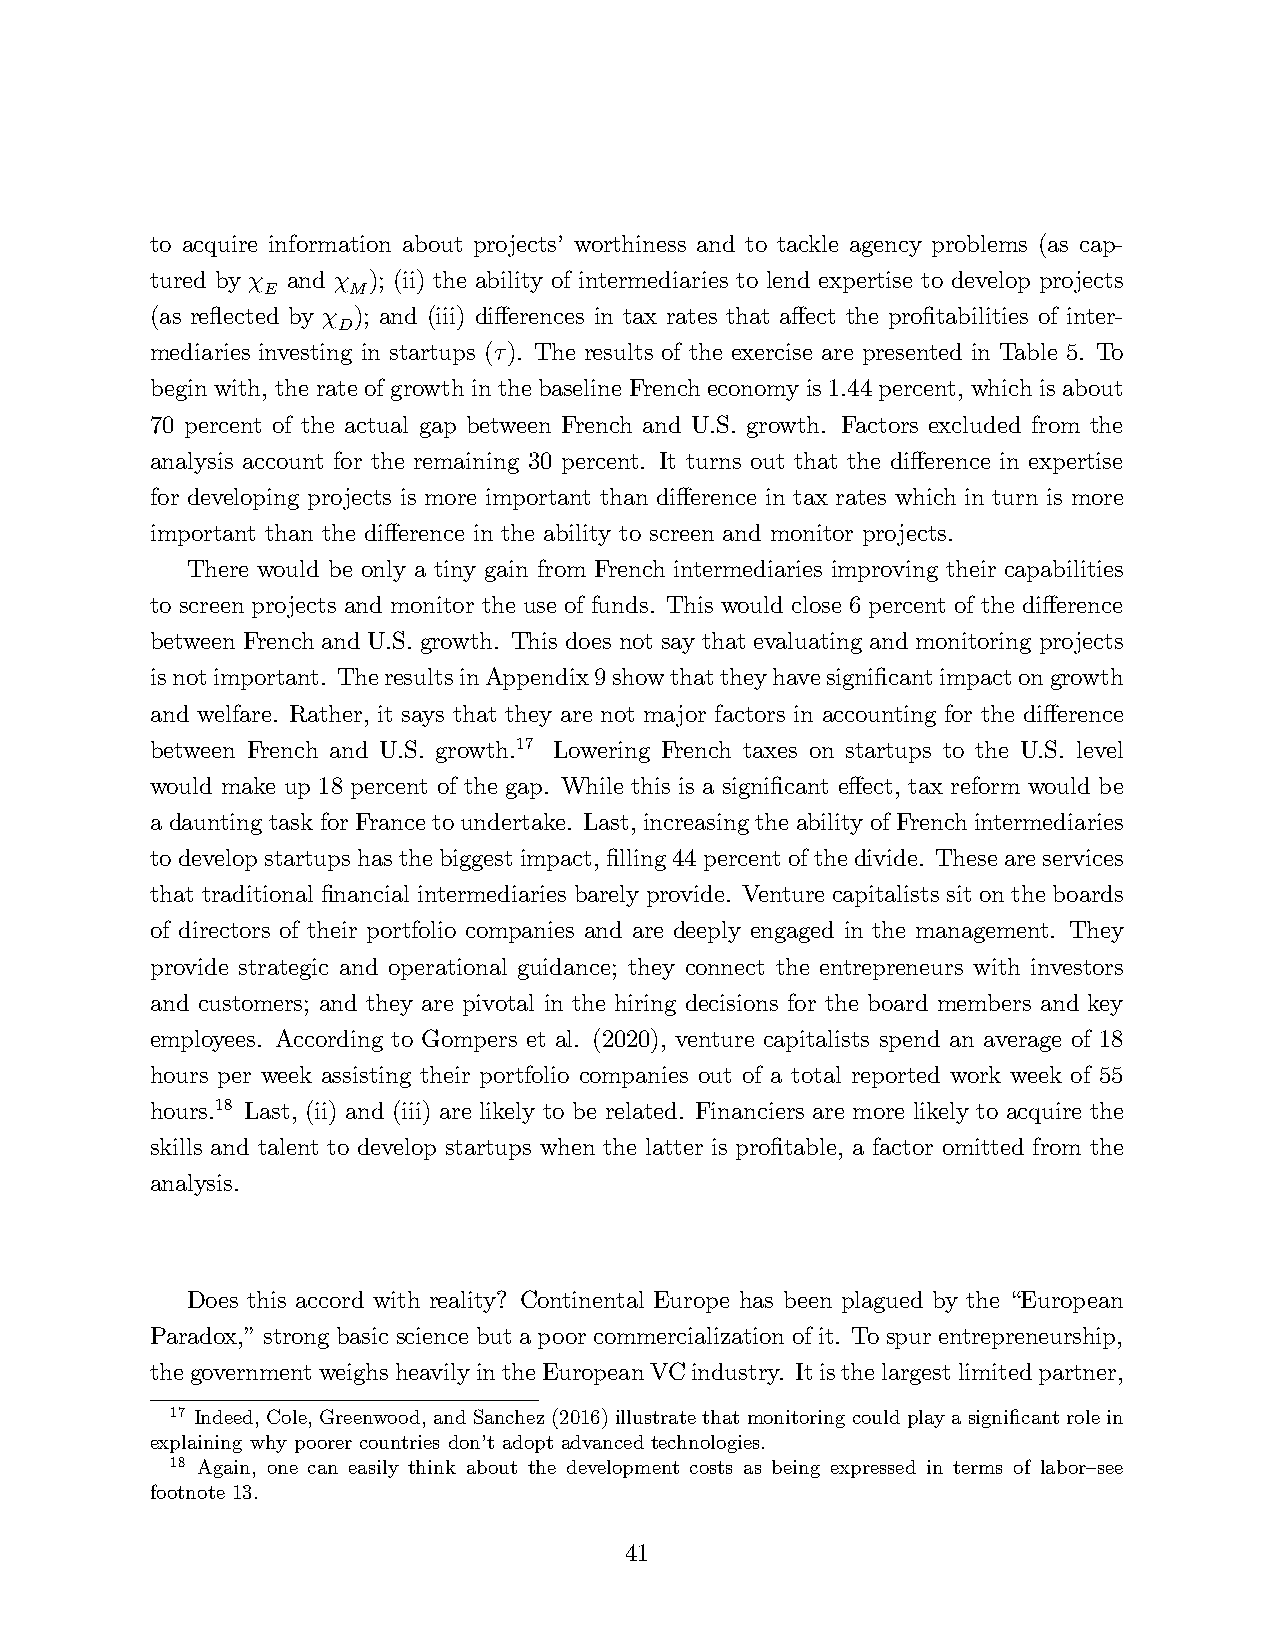
to acquire information about projects’worthiness and to tackle agency problems (as cap-
 tured by χ and χ ); (ii) the ability of intermediaries to lend expertise to develop projects
 E     M
 (as reflected by χ ); and (iii) differences in tax rates that affect the profitabilities of inter-
 D
 mediaries investing in startups (τ ). The results of the exercise are presented in Table 5. To
 begin with, the rate of growth in the baseline French economy is 1.44 percent, which is about
 70 percent of the actual gap between French and U.S. growth. Factors excluded from the
 analysis account for the remaining 30 percent. It turns out that the difference in expertise
 for developing projects is more important than difference in tax rates which in turn is more
 important than the difference in the ability to screen and monitor projects.
 There would be only a tiny gain from French intermediaries improving their capabilities
 to screen projects and monitor the use of funds. This would close 6 percent of the difference
 between French and U.S. growth. This does not say that evaluating and monitoring projects
 is not important. The results in Appendix 9 show that they have significant impact on growth
 and welfare. Rather, it says that they are not major factors in accounting for the difference
 between French and U.S. growth.17 Lowering French taxes on startups to the U.S. level
 would make up 18 percent of the gap. While this is a significant effect, tax reform would be
 a daunting task for France to undertake. Last, increasing the ability of French intermediaries
 to develop startups has the biggest impact, filling 44 percent of the divide. These are services
 that traditional financial intermediaries barely provide. Venture capitalists sit on the boards
 of directors of their portfolio companies and are deeply engaged in the management. They
 provide strategic and operational guidance; they connect the entrepreneurs with investors
 and customers; and they are pivotal in the hiring decisions for the board members and key
 employees. According to Gompers et al. (2020), venture capitalists spend an average of 18
 hours per week assisting their portfolio companies out of a total reported work week of 55
 hours.18 Last, (ii) and (iii) are likely to be related. Financiers are more likely to acquire the
 skills and talent to develop startups when the latter is profitable, a factor omitted from the
 analysis.
 Does this accord with reality? Continental Europe has been plagued by the “European
 Paradox,”strong basic science but a poor commercialization of it. To spur entrepreneurship,
 the government weighs heavily in the European VC industry. It is the largest limited partner,
 17 Indeed, Cole, Greenwood, and Sanchez (2016) illustrate that monitoring could play a significant role in
 explaining why poorer countries don’t adopt advanced technologies.
 18 Again, one can easily think about the development costs as being expressed in terms of labor—see
 footnote 13.
 41